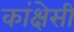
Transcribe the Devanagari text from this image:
कांक्षेसी